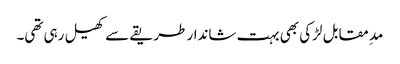
مدِ مقابل لڑکی بھی بہت شاندار طریقے سے کھیل رہی تھی۔